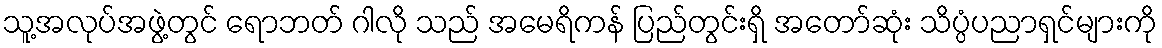
သူ့အလုပ်အဖွဲ့တွင် ရောဘတ် ဂါလို သည် အမေရိကန် ပြည်တွင်းရှိ အတော်ဆုံး သိပ္ပံပညာရှင်များကို